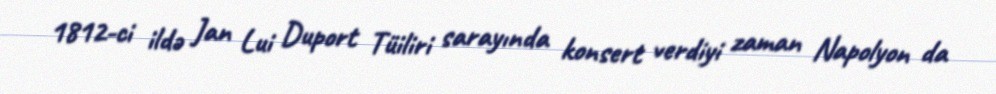
1812-ci ildə Jan Lui Duport Tüiliri sarayında konsert verdiyi zaman Napolyon da